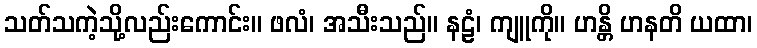
သတ်သကဲ့သို့လည်းကောင်း။ ဖလံ၊ အသီးသည်။ နဠံ၊ ကျူကို။ ဟန္တိ ဟနတိ ယထာ၊